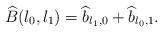
LaTeX: \begin{align*}\widehat{B}(l_0,l_1)=\widehat{b}_{l_1,0}+\widehat{b}_{l_0,1}.\end{align*}